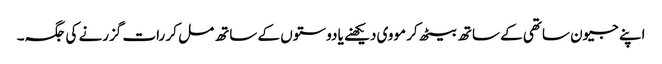
اپنے جیون ساتھی کے ساتھ بیٹھ کر مووی دیکھنے یا دوستوں کے ساتھ مل کر رات گزرنے کی جگہ۔